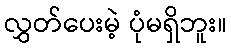
လွှတ်ပေးမဲ့ ပုံမရှိဘူး။